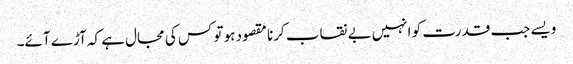
ویسے جب قدرت کو انہیں بے نقاب کرنا مقصود ہو تو کس کی مجال ہے کہ آڑے آئے۔